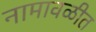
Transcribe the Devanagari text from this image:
नामावळीत